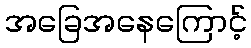
အခြေအနေကြောင့်